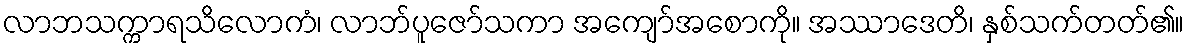
လာဘသက္ကာရသိလောကံ၊ လာဘ်ပူဇော်သကာ အကျော်အစောကို။ အဿာဒေတိ၊ နှစ်သက်တတ်၏။